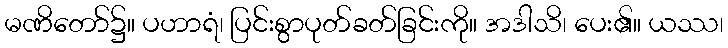
မဏိတော်၌။ ပဟာရံ၊ ပြင်းစွာပုတ်ခတ်ခြင်းကို။ အဒါသိ၊ ပေး၏။ ယဿ၊